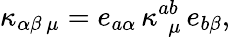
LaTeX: \kappa_{\alpha\beta\ \mu}=e_{a\alpha}\, \kappa_{\ \ \mu}^{ab}\, e_{b\beta},